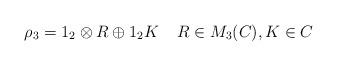
LaTeX: \begin{align*}\rho_3=1_2\otimes R \oplus 1_2K\;\;\;\;R\in M_3(C),K \in C\end{align*}